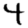
Digit: 4